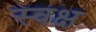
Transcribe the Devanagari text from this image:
स्वक्ष